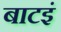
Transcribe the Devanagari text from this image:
बाटइं